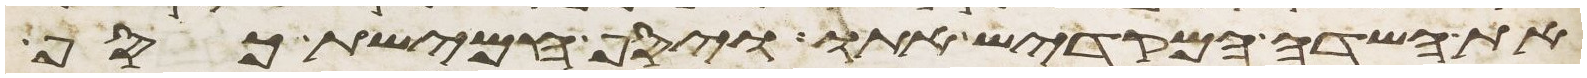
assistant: את השדה המקדיש אתו ויסף חמישת כסף